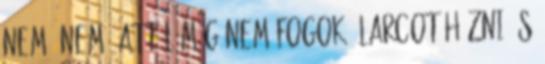
nem, nem, attól még nem fogok álarcot húzni és